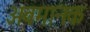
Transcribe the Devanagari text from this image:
अवमानक